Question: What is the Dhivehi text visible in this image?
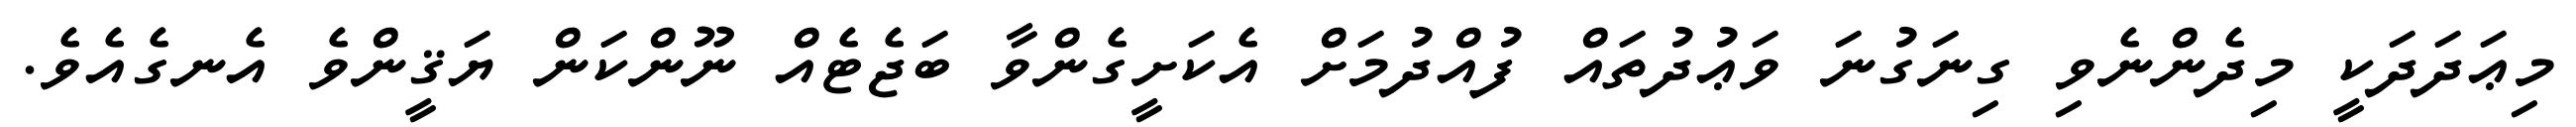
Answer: މިޢަދަދަކީ މިދެންނެވި ގިނަގުނަ ވަޢުދުތައް ފުއްދުމަށް އެކަށީގެންވާ ބަޖެޓެއް ނޫންކަން ޔަޤީންވެ އެނގެއެވެ.